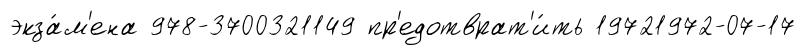
экза́м'ена 978-3700321149 пр'едотврат'и́ть 19721972-07-17